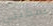
يمكنني